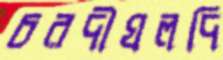
চরদীঘলদি